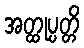
အတ္ထုပ္ပတ္တိ